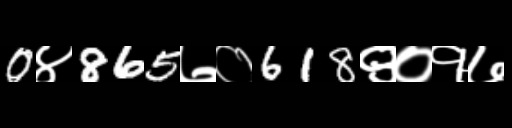
Text: 0४865७०618९०१७